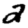
Digit: 2